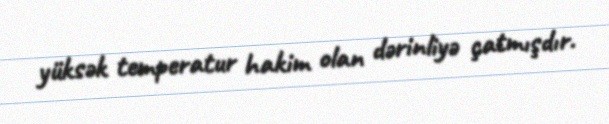
yüksək temperatur hakim olan dərinliyə çatmışdır.